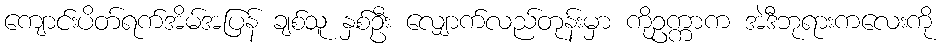
ကျောင်းပိတ်ရက်အိမ်အပြန် ချစ်သူ နှစ်ဦး လျှောက်လည်တုန်းမှာ ကိုဥက္ကာက အဲဒီဘုရားကလေးကို